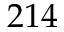
2 1 4